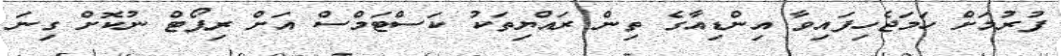
ފުރުމަށް ހަމަޖެހިފައިވާ އިންޑިއާގެ ތިން ރައްޔިތަކު ކަސްޓަމްސް އަށް ރިޕޯޓް ނުކޮށް ގިނަ